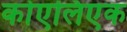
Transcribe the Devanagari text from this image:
कोएलिएक